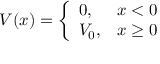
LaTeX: V ( x ) = { \left\{ \begin{array} { l l } { 0 , } & { x < 0 } \\ { V _ { 0 } , } & { x \geq 0 } \end{array} \right. }